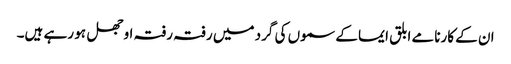
ان کے کارنامے ابلق ایما کے سموں کی گرد میں رفتہ رفتہ اوجھل ہو رہے ہیں۔